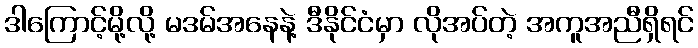
ဒါကြောင့်မို့လို့ မဒမ်အနေနဲ့ ဒီနိုင်ငံမှာ လိုအပ်တဲ့ အကူအညီရှိရင်